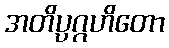
အတိပ္ပဂ္ဂဟိတော